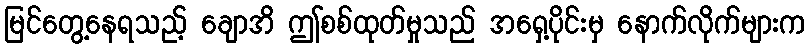
မြင်တွေ့နေရသည့် ချောအိ ဤစစ်ထုတ်မှုသည် အရှေ့ပိုင်းမှ နောက်လိုက်များက